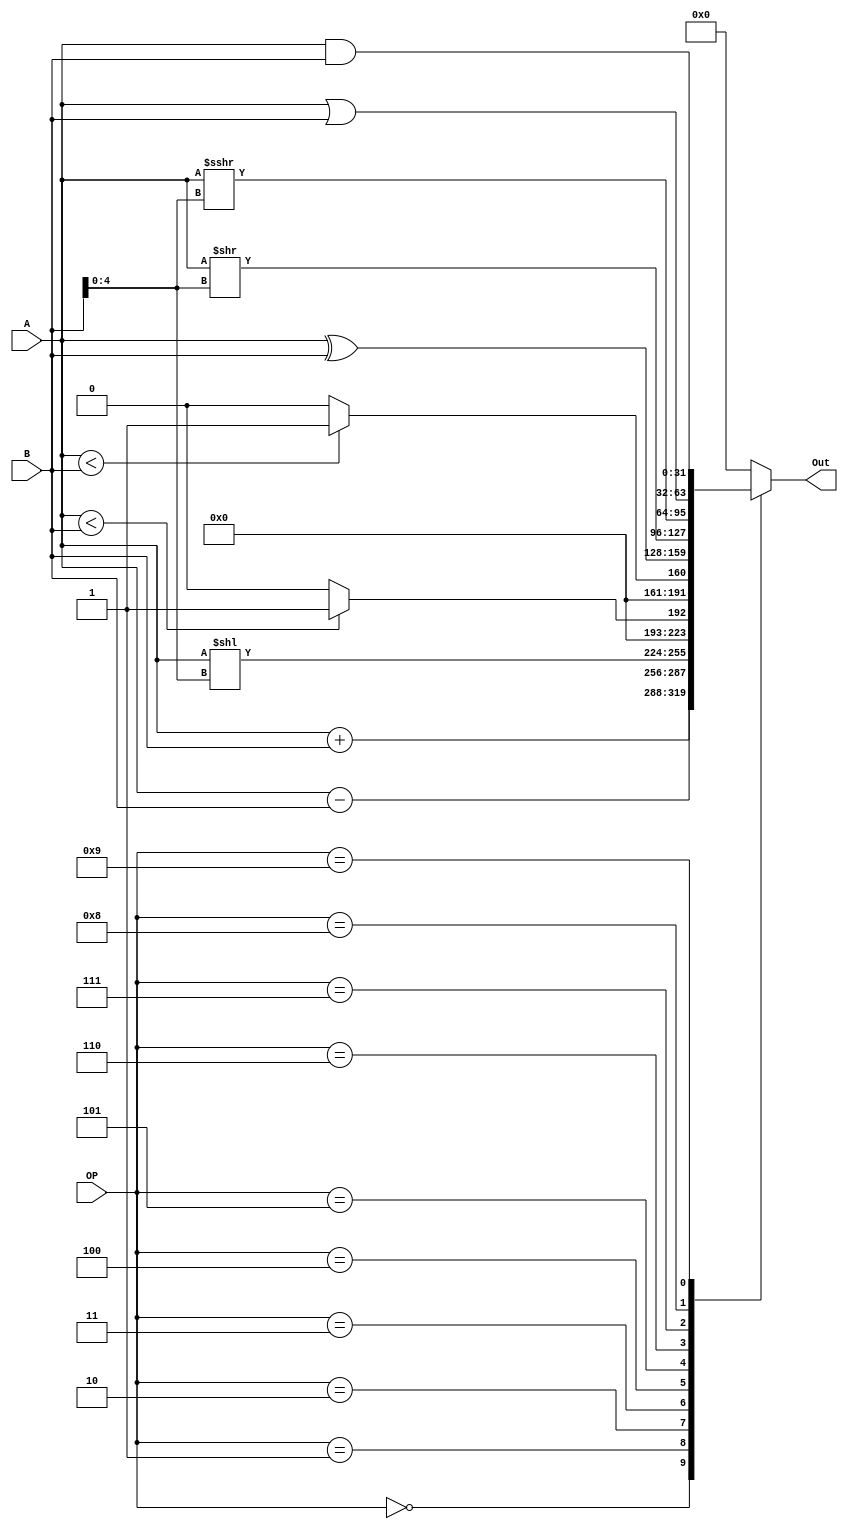
module ALU (
    input wire [3:0] OP,
    input wire [31:0] A,
    input wire [31:0] B,

    output wire [31:0] Out
);

    reg [31:0] Kout;
	 assign Out = Kout;

    initial begin
        Kout = 0;
    end

    always @ (*) begin

		case (OP)

				//add
            4'b0000: Kout = A + B;
            
				//sub
            4'b0001: Kout = A - B;
            
            //sll
            4'b0010: Kout = A << B[4:0];

            //slt
            4'b0011: begin
                if ($signed(A) < $signed(B)) Kout = 1;
                else Kout = 0;
            end

            //stlu
            4'b0100: begin
                if (A < B) Kout = 1;
                else Kout = 0;
            end

            //xor
            4'b0101: Kout = A^B;
            
            //srl
            4'b0110: Kout = A >> B[4:0];

            //sra
            4'b0111: Kout = A >>> B[4:0];
            
            //or
            4'b1000: Kout = A|B;

            //and
            4'b1001: Kout = A&B;
            
            default: Kout = 0;
			
			endcase
			
	end
endmodule